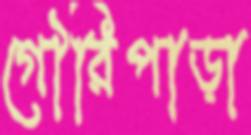
গৌরিপাড়া